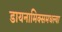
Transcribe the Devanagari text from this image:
डायनामिक्समधल्या